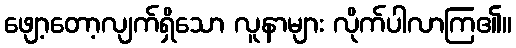
ဖျော့တော့လျက်ရှိသော လူနာများ လိုက်ပါလာကြ၏။